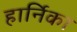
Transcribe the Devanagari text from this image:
हार्निका